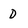
Character: 0